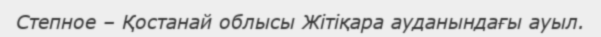
Степное – Қостанай облысы Жітіқара ауданындағы ауыл.